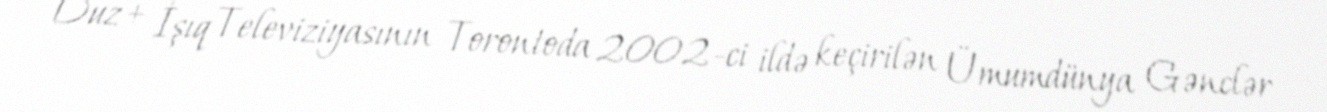
Duz + İşıq Televiziyasının Torontoda 2002-ci ildə keçirilən Ümumdünya Gənclər